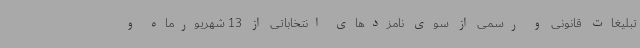
تبلیغات قانونی و رسمی از سوی نامزدهای انتخاباتی از 13 شهریورماه و